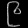
Digit: ၉